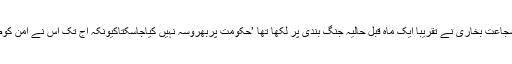
جوشی کے قیاس کو اس لیے خارج ازامکان قرار نہیں دیا جاسکتا کہ شجاعت بخاری نے تقریباً ایک ماہ قبل حالیہ جنگ بندی پر لکھا تھا ’حکومت پربھروسہ نہیں کیاجاسکتاکیونکہ آج تک اس نے امن کوصرف وقت کواورلمباکھینچنے یعنی ٹال مٹول کے لیےاستعمال کیاہے۔